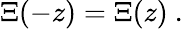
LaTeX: \Xi(-z)=\Xi(z)~.